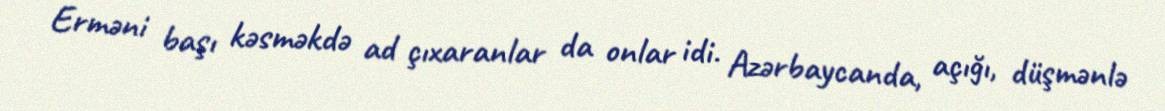
Erməni başı kəsməkdə ad çıxaranlar da onlar idi. Azərbaycanda, açığı, düşmənlə